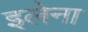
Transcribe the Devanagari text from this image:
इलेना